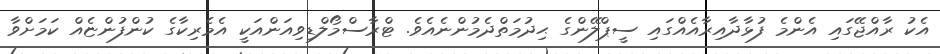
އެކު ރާއްޖޭގައި އެންމެ ފުޅާދާއިރާއެއްގައި ސީޕްލޭންގެ ޙިދުމަތްދެމުންނެއެވެ. ޓްރާސްމޯލްޑިވިއަންއަކީ އެމެރިކާގެ ކުންފުންޏެއް ކަމަށްވާ